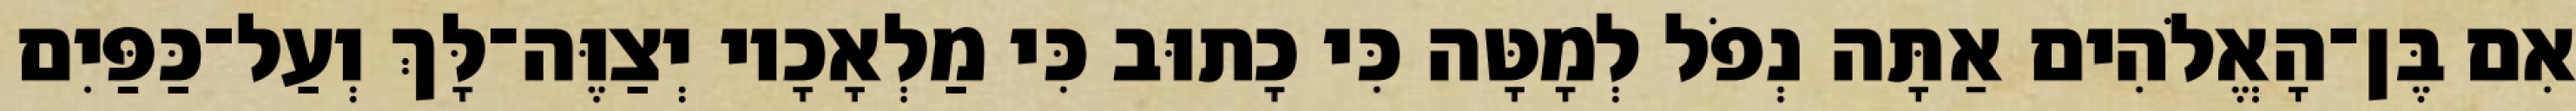
אִם בֶּן־הָאֱלֹהִים אַתָּה נְפֹל לְמָטָּה כִּי כָתוּב כִּי מַלְאָכָיו יְצַוֶּה־לָּךְ וְעַל־כַּפַּיִם